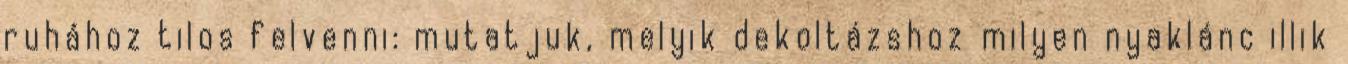
ruhához tilos felvenni: mutatjuk, melyik dekoltázshoz milyen nyaklánc illik